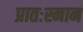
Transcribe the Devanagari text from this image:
प्रातःस्नान